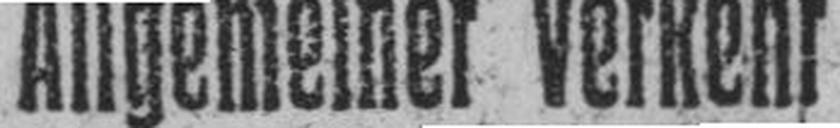
Allgemeiner Verkehr